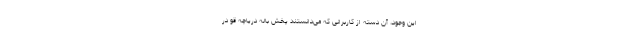
این وجود، آن دسته از کاربرانی که می‌دانستند پخش باله دریاچه قو در